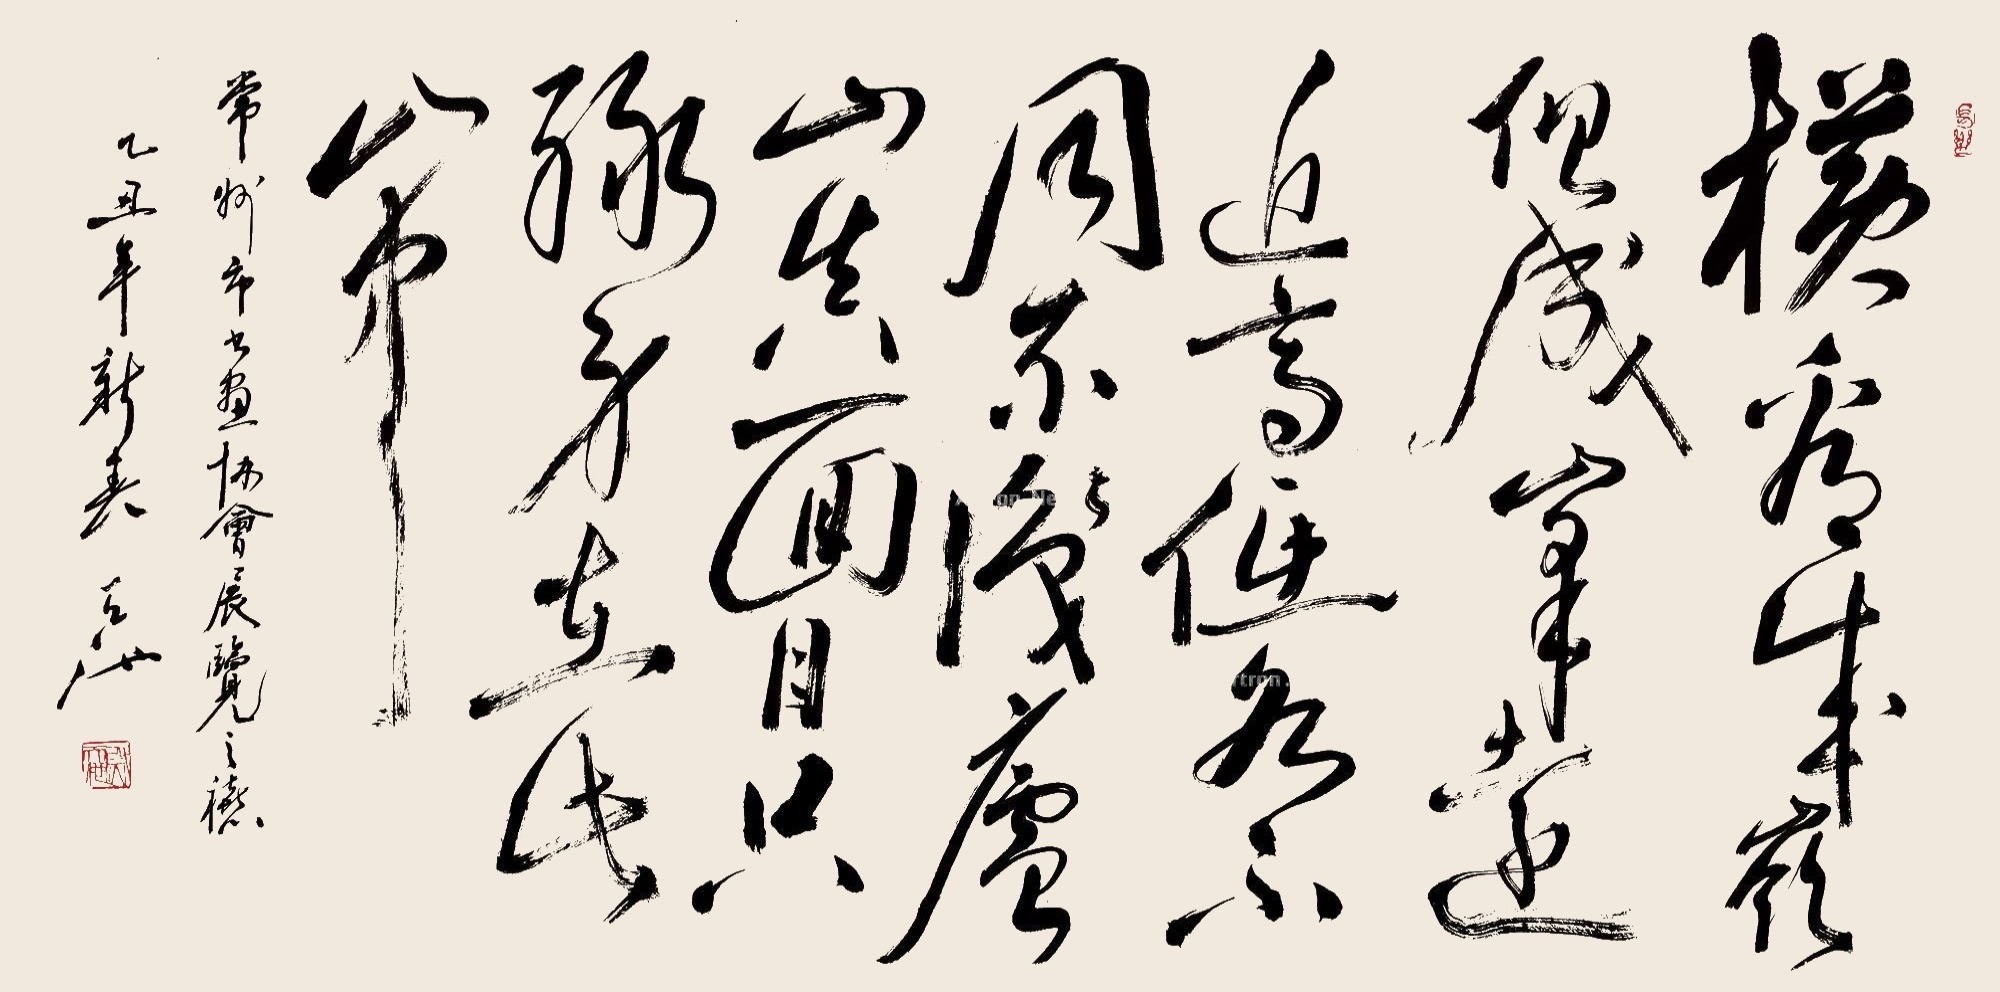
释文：横看成岭侧成峰，远近高低各不同。不识庐山真面目，只缘身在此山中。常州市书画协会展览之禧乙丑年新春天池